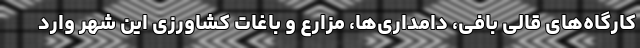
کارگاه‌های قالی بافی، دامداری‌ها، مزارع و باغات کشاورزی این شهر وارد